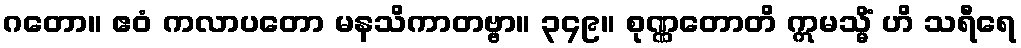
ဂတော။ ဧဝံ ကလာပတော မနသိကာတဗ္ဗာ။ ၃၄၉။ စုဏ္ဏတောတိ ဣမသ္မိံ ဟိ သရီရေ